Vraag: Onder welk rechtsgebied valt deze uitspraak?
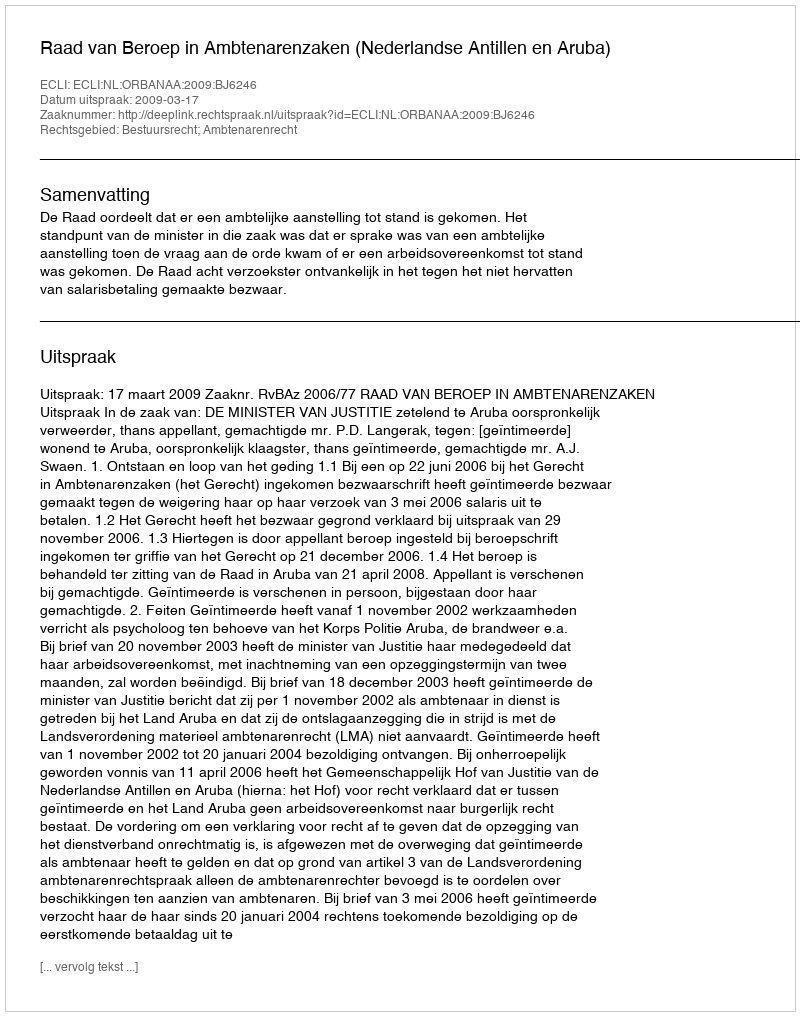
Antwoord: Bestuursrecht; Ambtenarenrecht